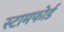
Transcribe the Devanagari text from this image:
स्टामफोर्ड